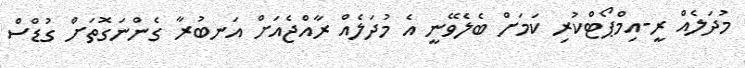
މުދަލެއް ރީ-އިމްޕޯޓްކުރި ކަމަށް ބެލެވޭނީ އެ މުދަލެއް ރާއްޖެއަށް އަނބުރާ ގެންނަގޮތަށް ގުޑްސް